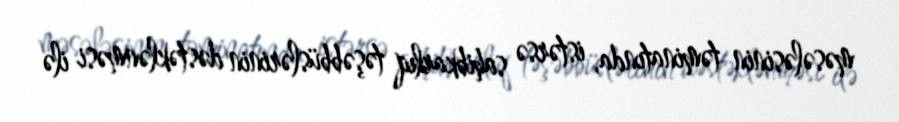
məsələsinin təminatında, istərsə sahibkarlıq təşəbbüslərinin dəstəklənməsi ilə